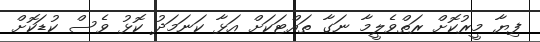
ފިޔާ މީރުކޮށް ރަތްވެލީމާ ނަގާ ތައްޓަކަށް އަޅާ ކަނަމަދު ކޮޅު ވެސް ކުޑަކޮށް